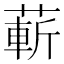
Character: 蔪